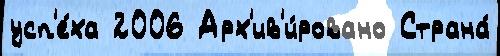
усп'е́ха 2006 Арх'ив'и́ровано Страна́